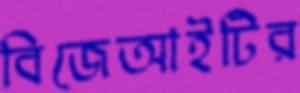
বিজেআইটির